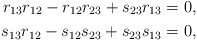
\begin{align*}r_{13}r_{12} - r_{12}r_{23} +s_{23}r_{13} = 0, \\s_{13}r_{12} - s_{12}s_{23} +s_{23}s_{13} = 0, \end{align*}